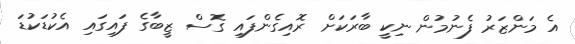
އެ މަންޒަރު ފެނުމުން ނިކީ ބާރަކަށް ރޮއިގެންފައި ގޮސް ޒީބާގެ ފައިގައި އެކުޑަކުޑަ